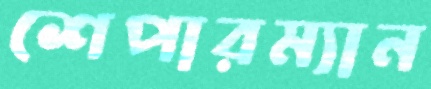
শেপারম্যান